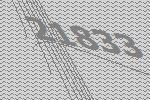
21833